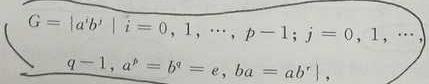
$G = \{ a^i b^j \mid i = 0, 1, \cdots, p - 1; j = 0, 1, \cdots, q - 1, a^p = b^q = e, ba = ab^r \},$